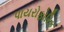
પાયરોફોરિક